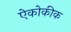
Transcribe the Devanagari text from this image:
ऐकोकीक